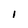
Character: l